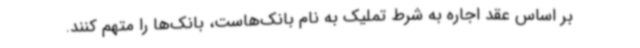
بر اساس عقد اجاره به شرط تملیک به نام بانک‌هاست، بانک‌ها را متهم کنند.